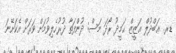
ޑރ. ޢަބްދުލް ޢަޒީޒް ޙަމީދު ރޯދަ މަސް: ދުންފަތާ ދުރުހެލިވުމަށް ވަރަށް އެކަށޭނަ